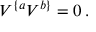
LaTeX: V ^ { \{ a } V ^ { b \} } = 0 \, .